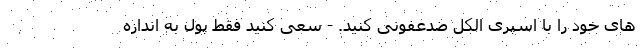
های خود را با اسپری الکل ضدعفونی کنید. - سعی کنید فقط پول به اندازه